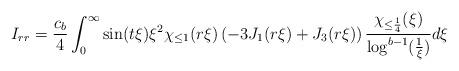
LaTeX: \begin{align*} I_{rr} = \frac{c_{b}}{4} \int_{0}^{\infty} \sin(t\xi) \xi^{2} \chi_{\leq 1}(r\xi) \left(-3 J_{1}(r\xi) + J_{3}(r\xi)\right) \frac{\chi_{\leq \frac{1}{4}}(\xi)}{\log^{b-1}(\frac{1}{\xi})} d\xi\end{align*}